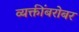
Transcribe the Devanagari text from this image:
व्यक्तींबरोबर